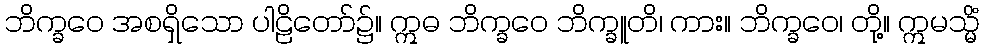
ဘိက္ခဝေ အစရှိသော ပါဠိတော်၌။ ဣဓ ဘိက္ခဝေ ဘိက္ခူတိ၊ ကား။ ဘိက္ခဝေ၊ တို့။ ဣမသ္မိံ